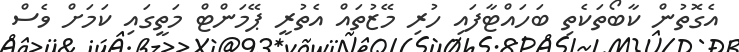
އެގޮތުން ކާބޯތަކެތި ބަހައްޓާފައި ހުރި މޭޒުތައް އެތުރީ ޕޭމަންޓް މަތީގައި ކަމަށް ވެސް